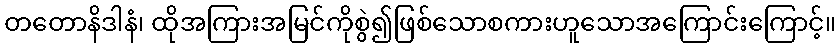
တတောနိဒါနံ၊ ထိုအကြားအမြင်ကိုစွဲ၍ဖြစ်သောစကားဟူသောအကြောင်းကြောင့်။